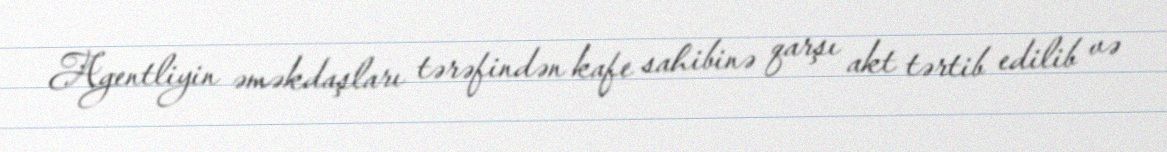
Agentliyin əməkdaşları tərəfindən kafe sahibinə qarşı akt tərtib edilib və